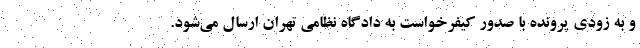
و به زودی پرونده با صدور کیفرخواست به دادگاه نظامی تهران ارسال می‌شود.